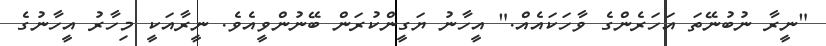
"ނީރާ ނުބުނޭތަ އަހަރެންގެ ވާހަކައެއް." އީހާނު ޔަގީންކުރަން ބޭނުންވީއެވެ. ނީރާއަކީ މިހާރު އީހާނުގެ